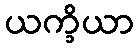
ယက္ခိယာ